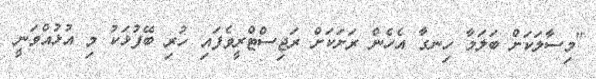
"މިސާލަކަށް ބަލަމާ ހިނގާ އެހެން ރަށަކަށް ރަޖިސްޓްރީވެފައި ހުރި ބޭފުޅަކު މި އުޅުއްވަނީ